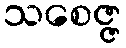
သစေဇ္ဇ